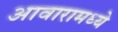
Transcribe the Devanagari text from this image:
आवारामध्ये